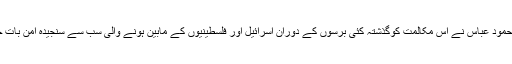
فلسطینی صدر محمود عباس نے اس مکالمت کوگذشتہ کئی برسوں کے دوران اسرائیل اور فلسطینیوں کے مابین ہونے والی سب سے سنجیدہ امن بات چیت قرار دیاہے۔